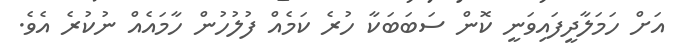
އަށް ހަމަލާދީފައިވަނީ ކޮން ސަބަބަކާ ހުރެ ކަމެއް ފުލުހުން ހާމައެއް ނުކުރެ އެވެ.